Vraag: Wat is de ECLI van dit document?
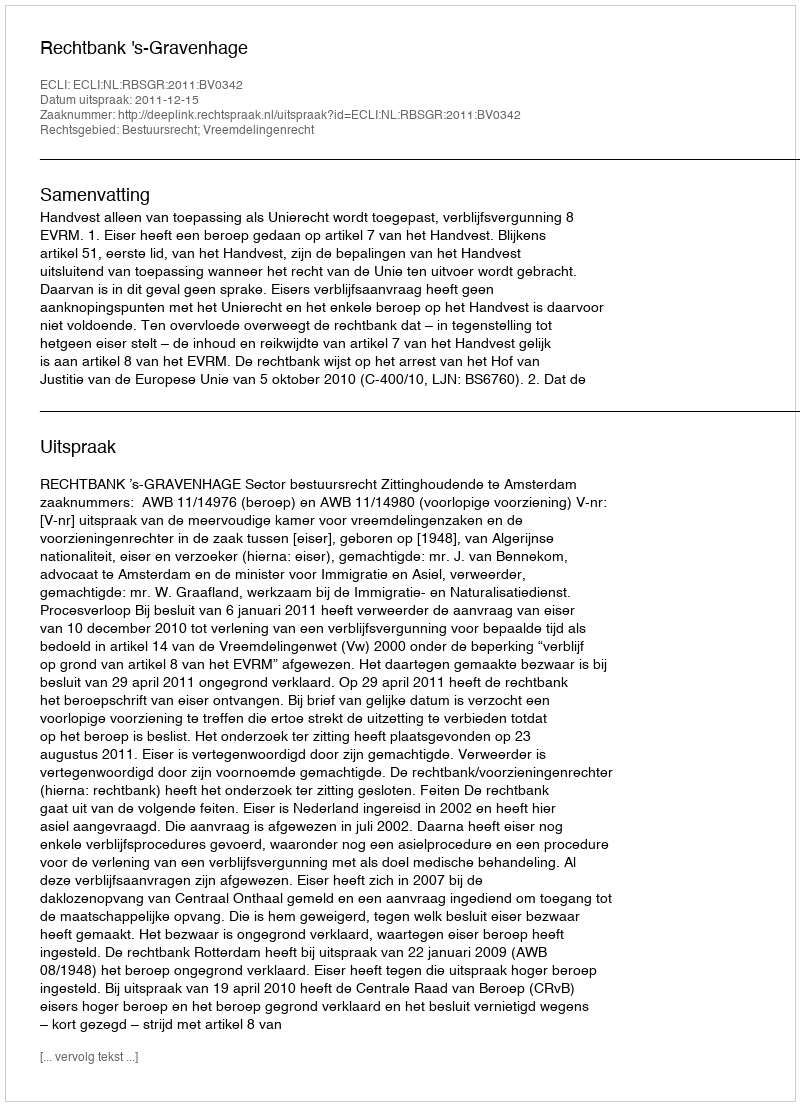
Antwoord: ECLI:NL:RBSGR:2011:BV0342